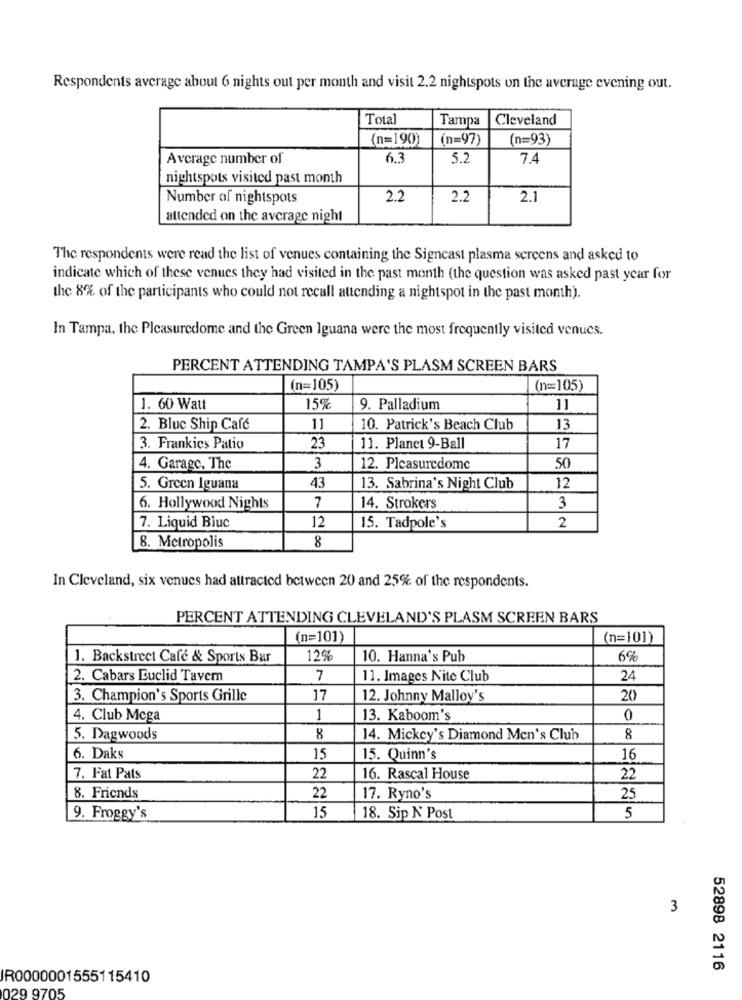
Respondents average about 6 nights out per month and visit 2.2 nightspots on the average evening out.
Total
Tampa
Cleveland
(n=190)
(n=97)
(n=93)
Average number of
6.3
5.2
7.4
nightspots visited past month
Number of nightspots
2.2
2.2
2.1
attended on the average night
The respondents were read the list of venues containing the Signcast plasma screens and asked to
indicate which of these venues they had visited in the past month (the question was asked past year for
the 8% of the participants who could not recall attending a nightspot in the past month).
In Tampa, the Pleasuredome and the Green Iguana were the most frequently visited venues.
PERCENT ATTENDING TAMPA'S PLASM SCREEN BARS
(n=105)
(n=105)
1. 60 Watt
15%
9. Palladium
11
2. Bluc Ship Café
11
10. Patrick's Beach Club
13
3. Frankics Patio
23
11. Planet 9-Ball
17
4. Garage, The
3
12. Pleasuredome
50
5. Green Iguana
43
13. Sabrina's Night Club
12
6. Hollywood Nights
7
14. Strokers
3
7. Liquid Bluc
12
15. Tadpole's
2
8
8. Metropolis
In Cleveland, six venues had attracted between 20 and 25% of the respondents.
PERCENT ATTENDING CLEVELAND'S PLASM SCREEN BARS
(n=101)
(n=101)
1. Backstreet Café & Sports Bar
12%
10. Hanna's Pub
6%
2. Cabars Euclid Tavern
7
11. Images Nite Club
24
3. Champion's Sports Grille
17
12. Johnny Malloy's
20
4. Club Mcga
1
13. Kaboom's
0
5. Dagwoods
8
14. Mickey's Diamond Men's Club
8
6. Daks
15
15. Quinn's
16
7. Fat Pats
22
16. Rascal House
22
8. Friends
22
17. Ryno's
25
9. Froggy's
15
18. Sip N Post
5
3
52898 2116
IR0000001555115410
029 9705